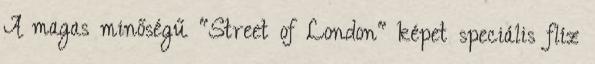
A magas minőségű "Street of London" képet speciális flíz